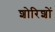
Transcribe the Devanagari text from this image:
शोरिशों